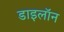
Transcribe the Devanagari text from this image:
डाइलॉन